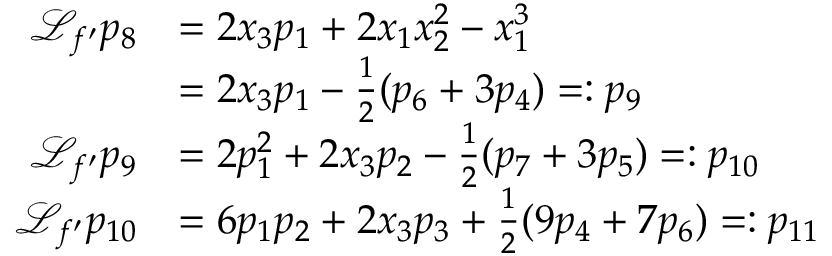
\begin{array} { r l } { { \mathcal { L } } _ { f ^ { \prime } } p _ { 8 } } & { = 2 x _ { 3 } p _ { 1 } + 2 x _ { 1 } x _ { 2 } ^ { 2 } - x _ { 1 } ^ { 3 } } \\ & { = 2 x _ { 3 } p _ { 1 } - \frac { 1 } { 2 } ( p _ { 6 } + 3 p _ { 4 } ) = : p _ { 9 } } \\ { { \mathcal { L } } _ { f ^ { \prime } } p _ { 9 } } & { = 2 p _ { 1 } ^ { 2 } + 2 x _ { 3 } p _ { 2 } - \frac { 1 } { 2 } ( p _ { 7 } + 3 p _ { 5 } ) = : p _ { 1 0 } } \\ { { \mathcal { L } } _ { f ^ { \prime } } p _ { 1 0 } } & { = 6 p _ { 1 } p _ { 2 } + 2 x _ { 3 } p _ { 3 } + \frac { 1 } { 2 } ( 9 p _ { 4 } + 7 p _ { 6 } ) = : p _ { 1 1 } } \end{array}